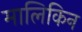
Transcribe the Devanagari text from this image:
मालिकिन